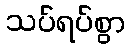
သပ်ရပ်စွာ